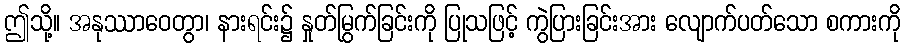
ဤသို့။ အနုဿာဝေတွာ၊ နားရင်း၌ နှုတ်မြွက်ခြင်းကို ပြုသဖြင့် ကွဲပြားခြင်းအား လျောက်ပတ်သော စကားကို